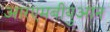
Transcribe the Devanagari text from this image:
आरएमबीयुआन